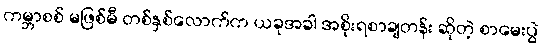
ကမ္ဘာစစ် မဖြစ်မီ တစ်နှစ်လောက်က ယခုအခါ အစိုးရစာချတန်း ဆိုတဲ့ စာမေးပွဲ